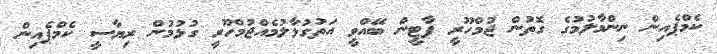
ކެމްޕެއިން ނިންމާލުމުގެ ގޮތުން ޖުމްހޫރީ ޕާޓީން ބޭއްވީ އަތުގުޅާލުމެއްޖުމްހޫރީ ގުޅުމުން ރިޔާސީ ކެމްޕެއިން